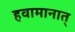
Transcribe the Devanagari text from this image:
हवामानात्